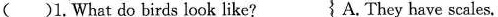
( )1.What do birds look like? A. They have scales.